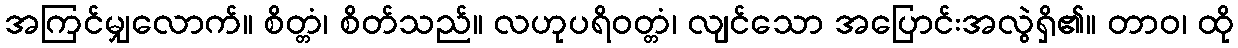
အကြင်မျှလောက်။ စိတ္တံ၊ စိတ်သည်။ လဟုပရိဝတ္တံ၊ လျင်သော အပြောင်းအလွဲရှိ၏။ တာဝ၊ ထို